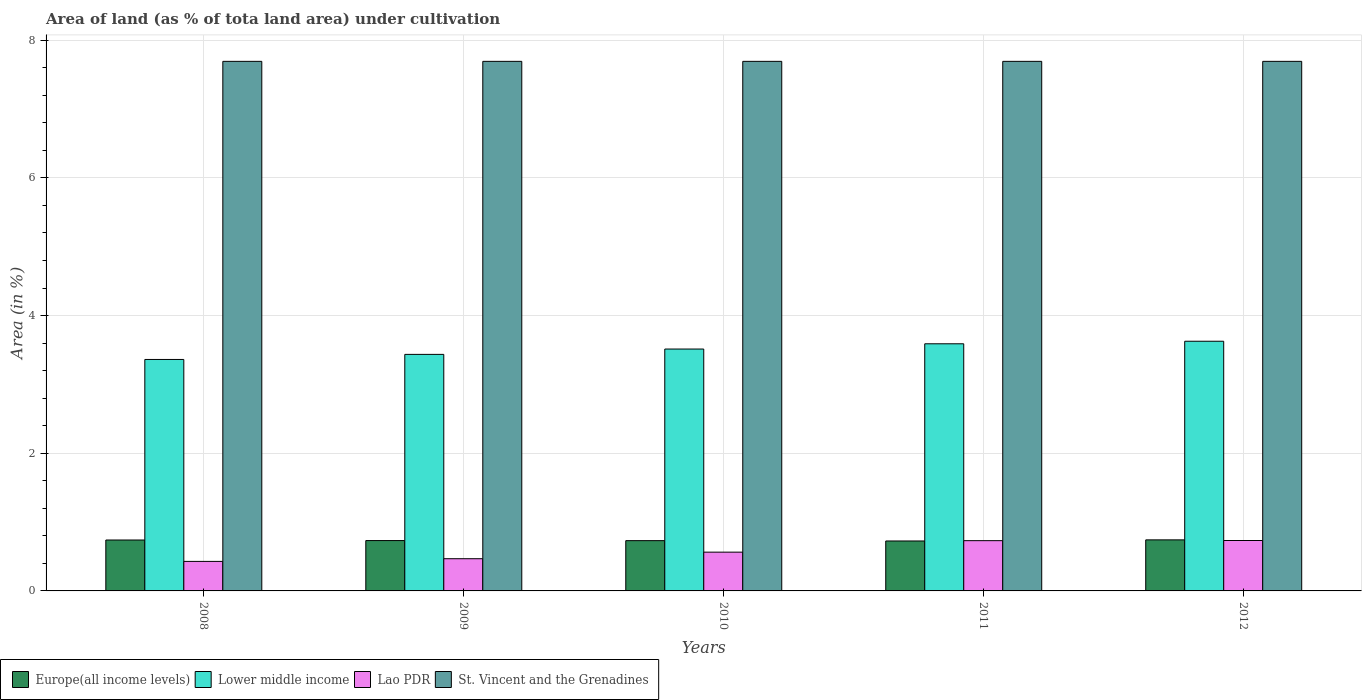
| Years | Europe(all income levels) | Lower middle income | Lao PDR | St. Vincent and the Grenadines |
 | --- | --- | --- | --- | --- |
 | 2008 | 0.74 | 3.36 | 0.429 | 7.69 |
 | 2009 | 0.731 | 3.44 | 0.468 | 7.69 |
 | 2010 | 0.73 | 3.51 | 0.563 | 7.69 |
 | 2011 | 0.725 | 3.59 | 0.73 | 7.69 |
 | 2012 | 0.742 | 3.63 | 0.732 | 7.69 |